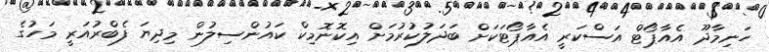
ހަނިމާދޫ އެއާޕޯޓް އަސްކަރީ އެއާޕޯޓަކަށް ބަދަލުކުރުމަށް އިކޮނޮމިކް ކައުންސިލުން މިދިޔަ ފެބްރުއަރީ މަހުގެ